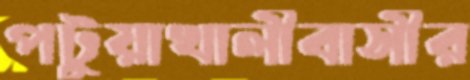
পটুয়াখালীবাসীর